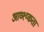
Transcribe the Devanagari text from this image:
आव्श्य्कता